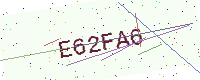
Text: E62FA6